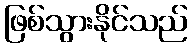
ဖြစ်သွားနိုင်သည်